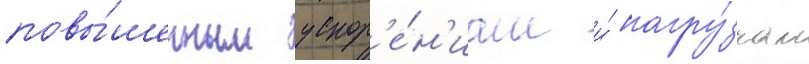
повы́шенным ускор'е́н'иам и́ нагру́зкам